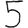
Digit: 5